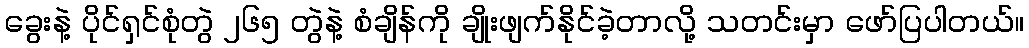
ခွေးနဲ့ ပိုင်ရှင်စုံတွဲ ၂၆၅ တွဲနဲ့ စံချိန်ကို ချိုးဖျက်နိုင်ခဲ့တာလို့ သတင်းမှာ ဖော်ပြပါတယ်။